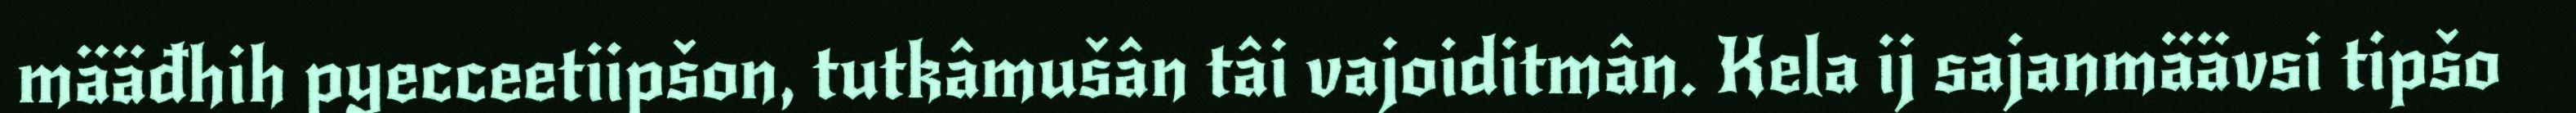
määđhih pyecceetiipšon, tutkâmušân tâi vajoiditmân. Kela ij sajanmäävsi tipšo